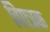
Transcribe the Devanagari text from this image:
विपत्रक